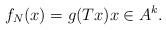
LaTeX: \begin{align*} f_N(x)= g(Tx) x\in A^k.\end{align*}